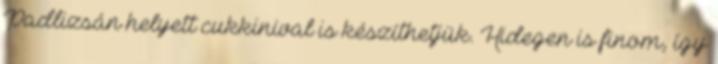
Padlizsán helyett cukkinival is készíthetjük. Hidegen is finom, így